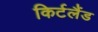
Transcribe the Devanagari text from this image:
किर्टलैंड